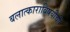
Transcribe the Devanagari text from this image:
बलात्काराविषयीची